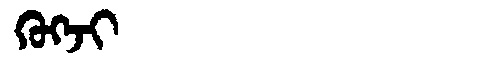
Manchu: ᡴᡠᡴᠵᡳ
Romanization: KUKJI